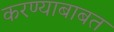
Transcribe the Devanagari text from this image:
करण्‍याबाबत